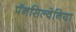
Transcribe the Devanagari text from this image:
पॅनसिल्वेनिया